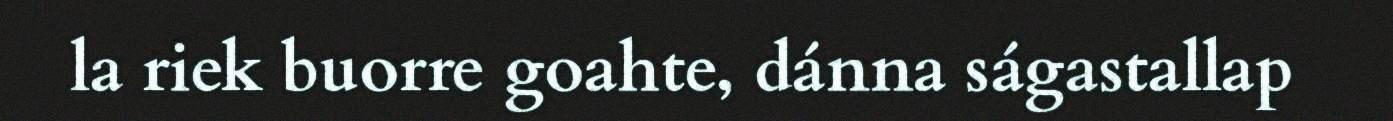
la riek buorre goahte, dánna ságastallap